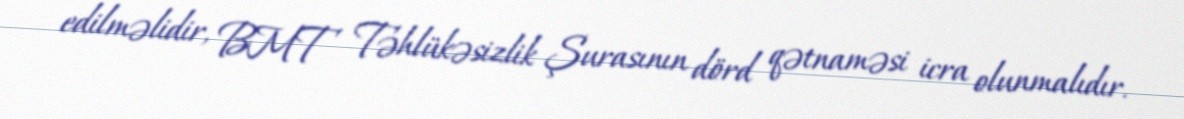
edilməlidir, BMT Təhlükəsizlik Şurasının dörd qətnaməsi icra olunmalıdır.